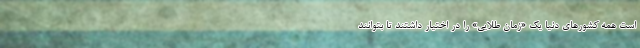
است همه کشورهای دنیا یک «زمان طلایی» را در اختیار داشتند تا بتوانند